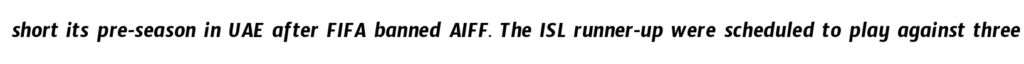
short its pre-season in UAE after FIFA banned AIFF. The ISL runner-up were scheduled to play against three